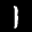
Label: 1